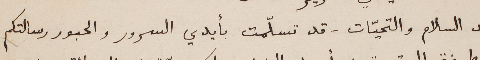
بعد السلام والتحيّات - قد تسلّمت بأيدي السرور والحبور رسالتكم